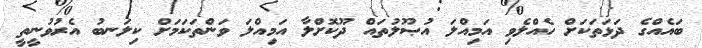
ބައެއްގެ ދަޅަތަކަށް ހެއްލެވި އަމިއްލަ އުޞޫލުތައް ދޫކޮށްލާ އަމިއްލަ ވަންތަކަމަށް ކިލަނބު އެރުވުނީތީ